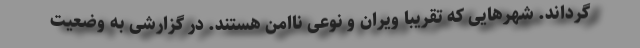
گرداند. شهرهایی که تقریبا ویران و نوعی ناامن هستند. در گزارشی به وضعیت